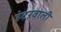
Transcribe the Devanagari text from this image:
हंटरवाली